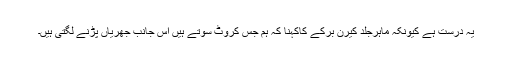
یہ درست ہے کیونکہ ماہرجلد کیرن برکے کاکہنا کہ ہم جس کروٹ سوتے ہیں اس جانب جھریاں پڑنے لگتی ہیں۔